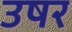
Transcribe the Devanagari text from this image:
उषर